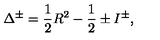
\Delta ^ { \pm } = \frac { 1 } { 2 } R ^ { 2 } - \frac { 1 } { 2 } \pm I ^ { \pm } ,